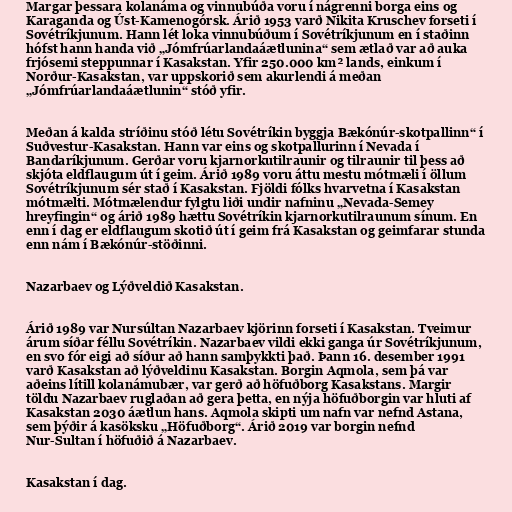
Margar þessara kolanáma og vinnubúða voru í nágrenni borga eins og
Karaganda og Úst-Kamenogórsk. Árið 1953 varð Nikita Kruschev forseti í
Sovétríkjunum. Hann lét loka vinnubúðum í Sovétríkjunum en í staðinn
hófst hann handa við „Jómfrúarlandaáætlunina“ sem ætlað var að auka
frjósemi steppunnar í Kasakstan. Yfir 250.000 km² lands, einkum í
Norður-Kasakstan, var uppskorið sem akurlendi á meðan
„Jómfrúarlandaáætlunin“ stóð yfir.

Meðan á kalda stríðinu stóð létu Sovétríkin byggja Bækónúr-skotpallinn“ í
Suðvestur-Kasakstan. Hann var eins og skotpallurinn í Nevada í
Bandaríkjunum. Gerðar voru kjarnorkutilraunir og tilraunir til þess að
skjóta eldflaugum út í geim. Árið 1989 voru áttu mestu mótmæli í öllum
Sovétríkjunum sér stað í Kasakstan. Fjöldi fólks hvarvetna í Kasakstan
mótmælti. Mótmælendur fylgtu liði undir nafninu „Nevada-Semey
hreyfingin“ og árið 1989 hættu Sovétríkin kjarnorkutilraunum sínum. En
enn í dag er eldflaugum skotið út í geim frá Kasakstan og geimfarar stunda
enn nám í Bækónúr-stöðinni.

Nazarbaev og Lýðveldið Kasakstan.

Árið 1989 var Nursúltan Nazarbaev kjörinn forseti í Kasakstan. Tveimur
árum síðar féllu Sovétríkin. Nazarbaev vildi ekki ganga úr Sovétríkjunum,
en svo fór eigi að síður að hann samþykkti það. Þann 16. desember 1991
varð Kasakstan að lýðveldinu Kasakstan. Borgin Aqmola, sem þá var
aðeins lítill kolanámubær, var gerð að höfuðborg Kasakstans. Margir
töldu Nazarbaev ruglaðan að gera þetta, en nýja höfuðborgin var hluti af
Kasakstan 2030 áætlun hans. Aqmola skipti um nafn var nefnd Astana,
sem þýðir á kasöksku „Höfuðborg“. Árið 2019 var borgin nefnd
Nur-Sultan í höfuðið á Nazarbaev.

Kasakstan í dag.